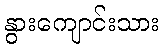
နွားကျောင်းသား